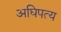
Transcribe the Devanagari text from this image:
अघिपत्य